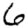
Digit: 6